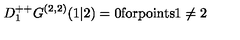
D _ { 1 } ^ { + + } G ^ { ( 2 , 2 ) } ( 1 \vert 2 ) = 0 \mathrm { f o r p o i n t s 1 \neq 2 }